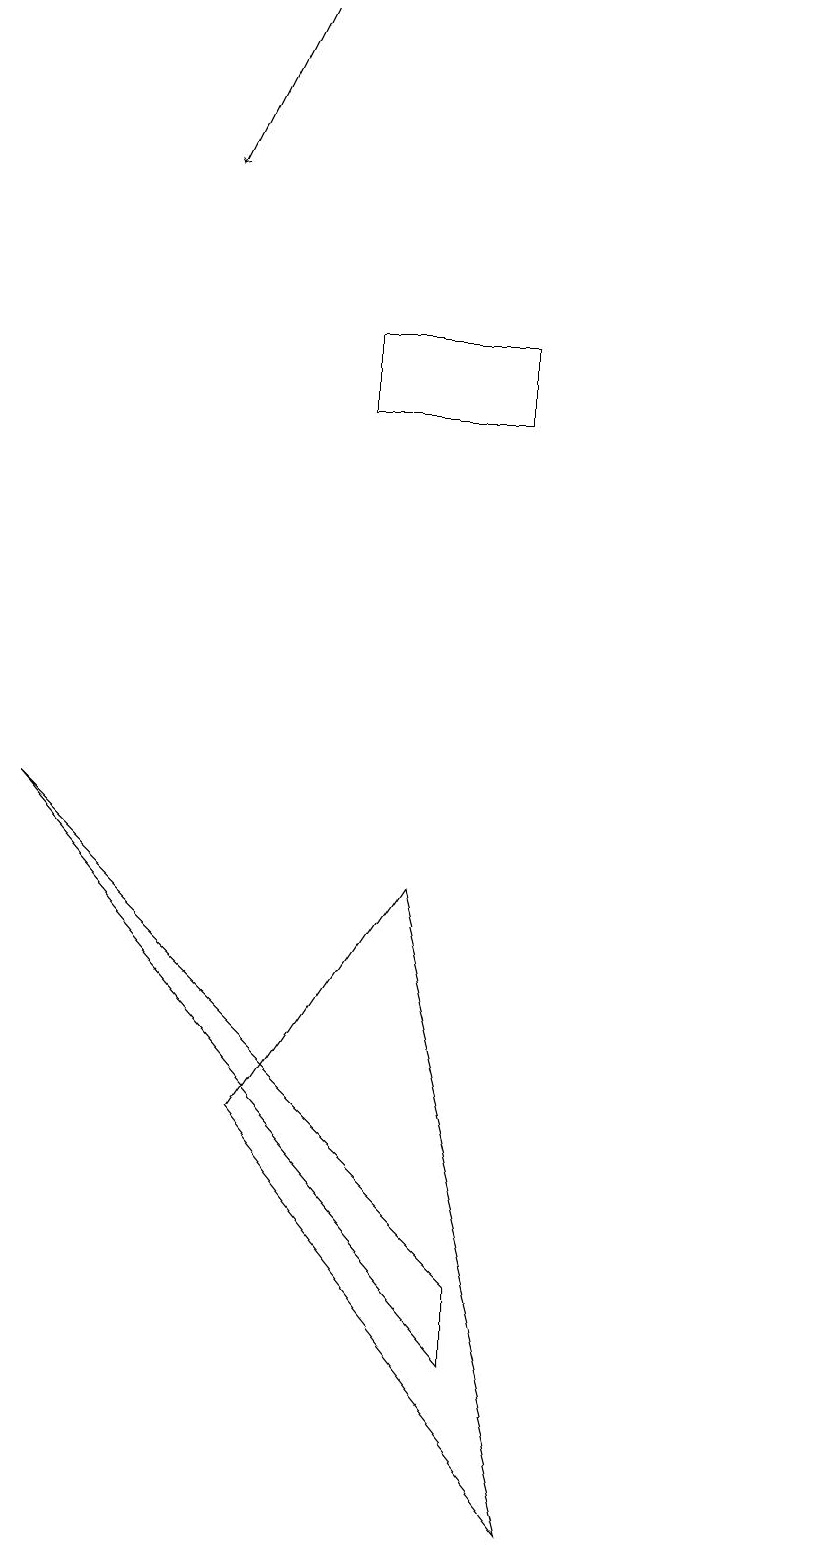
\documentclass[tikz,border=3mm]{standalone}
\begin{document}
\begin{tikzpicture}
\draw (6,15) rectangle (8,14);
\draw (8,3) -- (2,9) -- (8,2) -- cycle;
\draw (12,12) circle (0);
\draw[->] (5,19) -- (4,17);
\draw (9,0) -- (5,5) -- (7,8) -- cycle;
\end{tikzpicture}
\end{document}